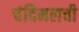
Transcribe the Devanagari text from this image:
चंदिमलची